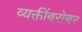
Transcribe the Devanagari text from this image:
व्यक्तींबरोबर